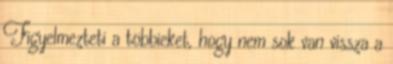
Figyelmezteti a többieket, hogy nem sok van vissza a